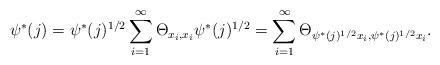
LaTeX: \begin{align*}\psi^*(j) = \psi^*(j)^{1/2} \sum_{i=1}^{\infty}\Theta_{x_i,x_i} \psi^*(j)^{1/2} = \sum_{i = 1}^{\infty} \Theta_{\psi^*(j)^{1/2} x_i, \psi^*(j)^{1/2} x_i}.\end{align*}